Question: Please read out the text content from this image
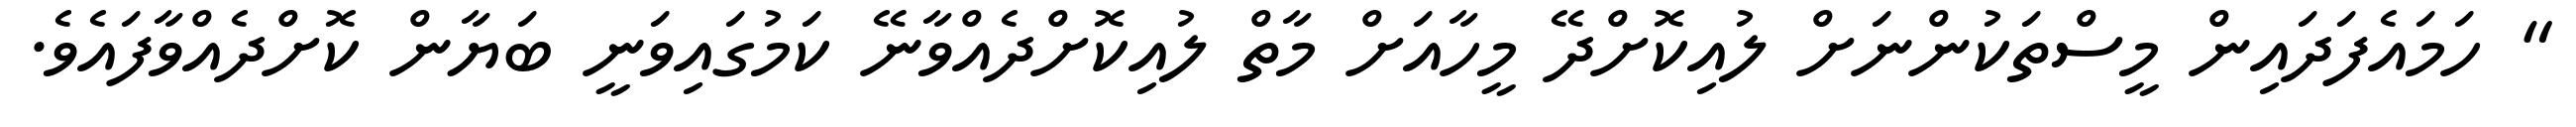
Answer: " ހަމައެފަދައިން މީސްތަކުންނަށް ލުއިކޮށްދޭ މީހާއަށް މާތް ލުއިކޮށްދެއްވާނޭ ކަމުގައިވަނީ ބަޔާން ކޮށްދެއްވާފައެވެ.